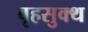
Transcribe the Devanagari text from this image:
बृहसुक्थ